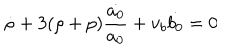
\dot { \rho } + 3 ( \rho + p ) \frac { \dot { a _ { 0 } } } { a _ { 0 } } + v _ { b } \dot { b _ { 0 } } = 0